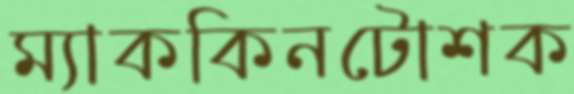
ম্যাককিনটোশক